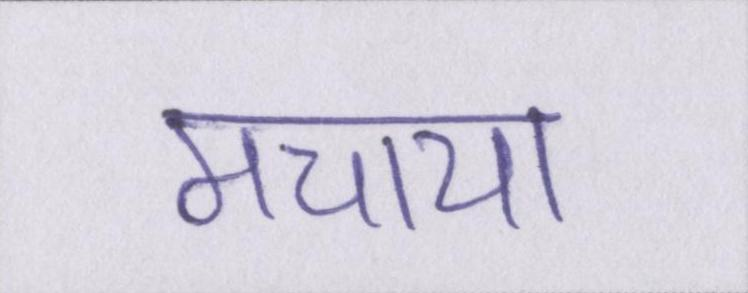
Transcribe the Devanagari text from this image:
मचाया